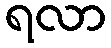
ရလာ